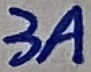
Text: 3A